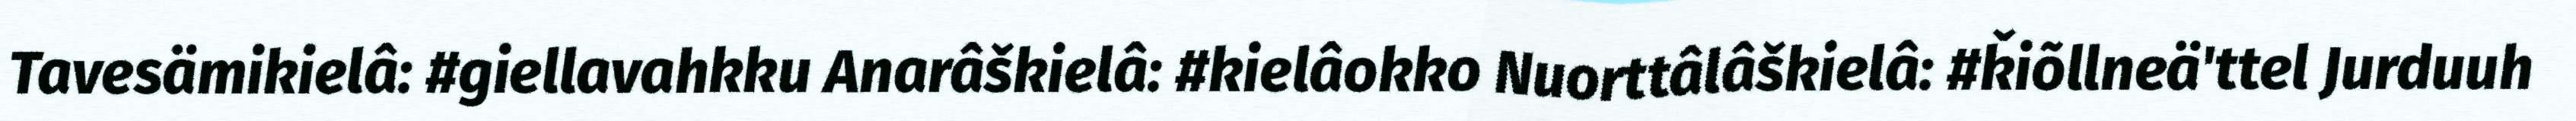
Tavesämikielâ: #giellavahkku Anarâškielâ: #kielâokko Nuorttâlâškielâ: #ǩiõllneä'ttel Jurduuh